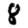
Digit: 8